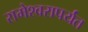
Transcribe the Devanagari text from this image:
रामेश्वरापर्यंत